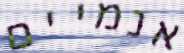
אנמיים